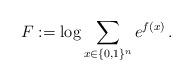
LaTeX: \begin{align*}F := \log \sum_{x\in \{0,1\}^n} e^{f(x)}\, .\end{align*}